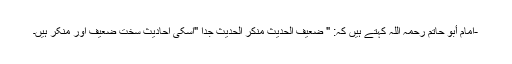
-امام أبو حاتم رحمہ اللہ کہتے ہیں کہ: " ضعيف الحديث منكر الحديث جدا "اسکی احادیث سخت ضعیف اور منکر ہیں۔